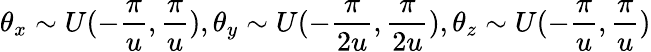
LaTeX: \theta_{x}\sim U(-\frac{\pi}{u},\frac{\pi}{u}),\theta_{y}\sim U(-\frac{\pi}{2u},\frac{\pi}{2u}),\theta_{z}\sim U(-\frac{\pi}{u},\frac{\pi}{u})